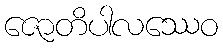
ဇောတိပါလဿေဝ